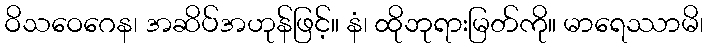
ဝိသဝေဂေန၊ အဆိပ်အဟုန်ဖြင့်။ နံ၊ ထိုဘုရားမြတ်ကို။ မာရေဿာမိ၊